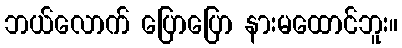
ဘယ်လောက် ပြောပြော နားမထောင်ဘူး။